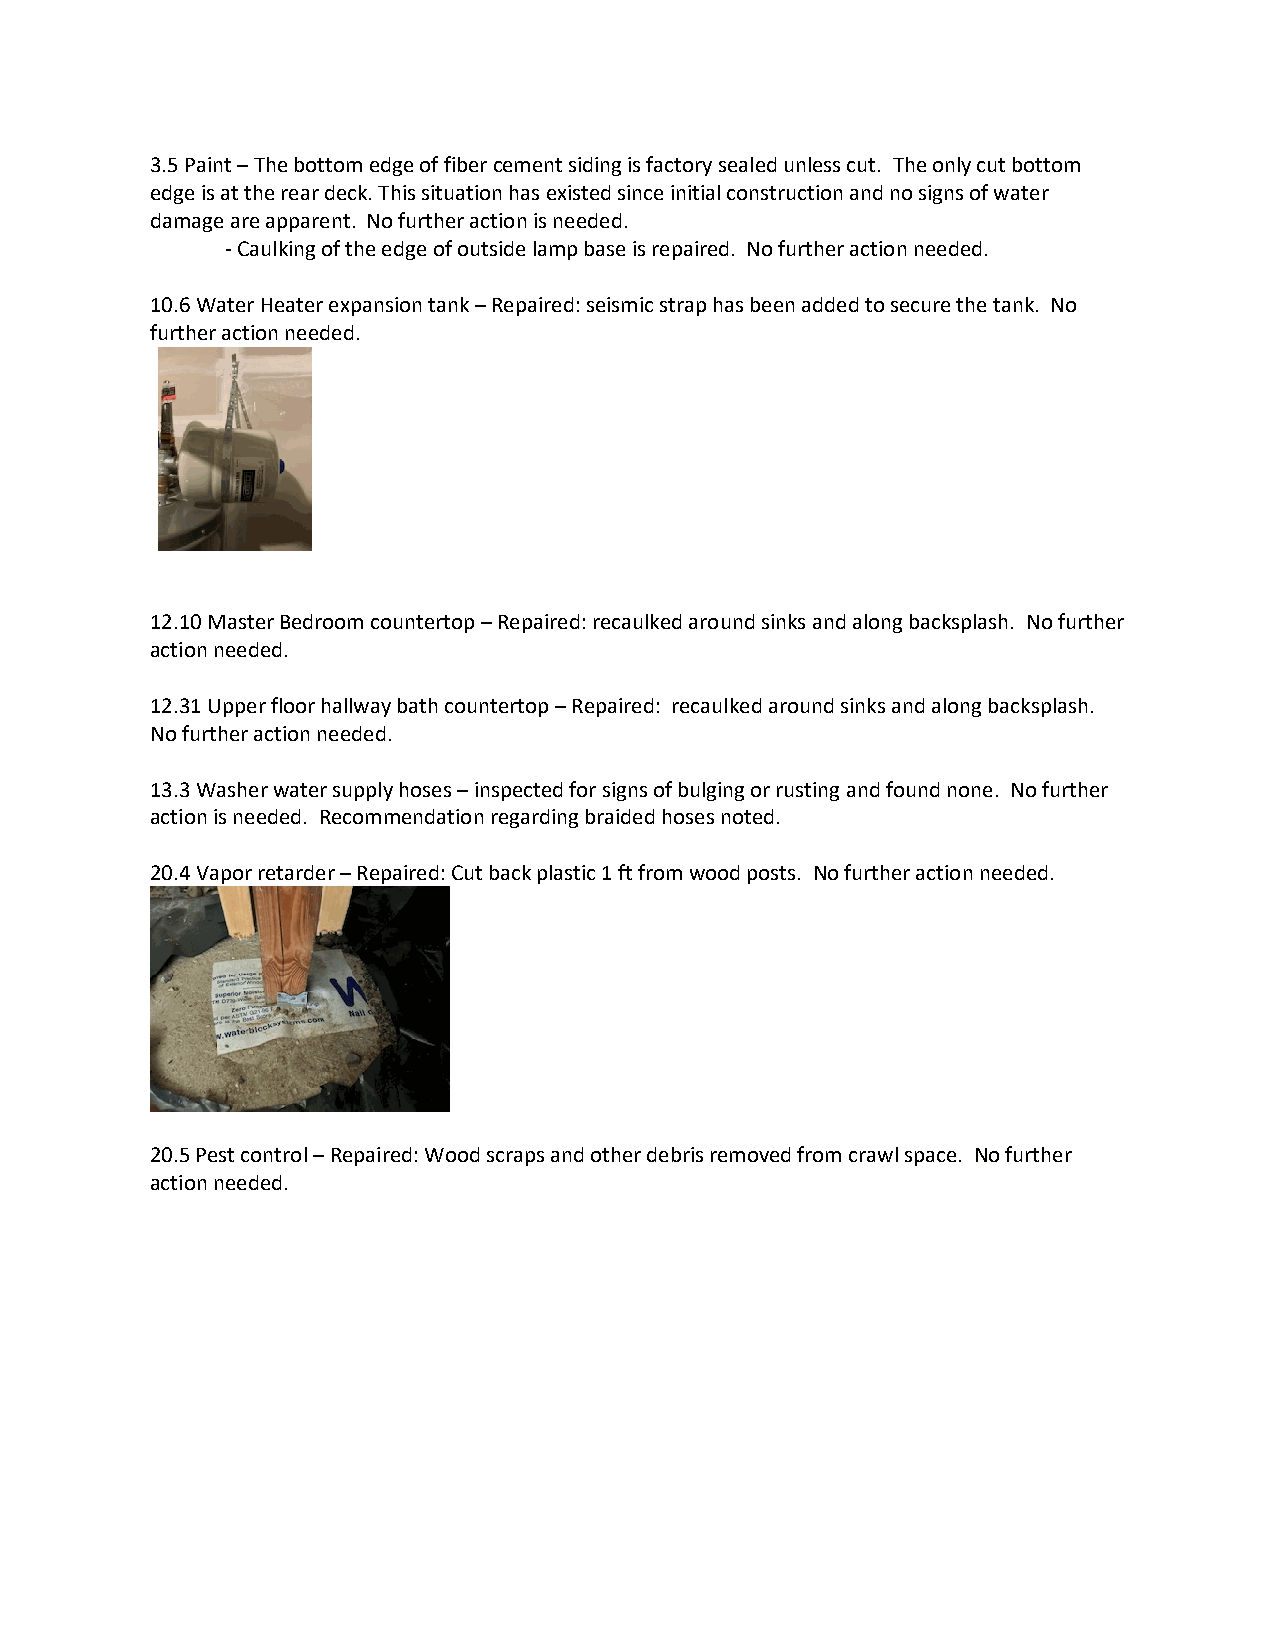
3.5 Paint – The bottom edge of fiber cement siding is factory sealed unless cut. The only cut bottom
 edge is at the rear deck. This situation has existed since initial construction and no signs of water
 damage are apparent. No further action is needed.
 - Caulking of the edge of outside lamp base is repaired. No further action needed.
 10.6 Water Heater expansion tank – Repaired: seismic strap has been added to secure the tank. No
 further action needed.
 12.10 Master Bedroom countertop – Repaired: recaulked around sinks and along backsplash. No further
 action needed.
 12.31 Upper floor hallway bath countertop – Repaired: recaulked around sinks and along backsplash.
 No further action needed.
 13.3 Washer water supply hoses – inspected for signs of bulging or rusting and found none. No further
 action is needed. Recommendation regarding braided hoses noted.
 20.4 Vapor retarder – Repaired: Cut back plastic 1 ft from wood posts. No further action needed.
 20.5 Pest control – Repaired: Wood scraps and other debris removed from crawl space. No further
 action needed.